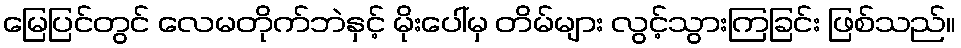
မြေပြင်တွင် လေမတိုက်ဘဲနှင့် မိုးပေါ်မှ တိမ်များ လွင့်သွားကြခြင်း ဖြစ်သည်။